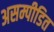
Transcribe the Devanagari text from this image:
असम्पीडित